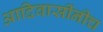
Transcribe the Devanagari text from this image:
आदिवासींनीच